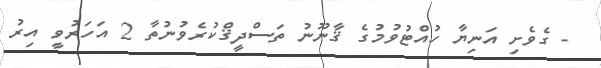
- ގެވެށި އަނިޔާ ހުއްޓުވުމުގެ ޤާނޫނު ތަސްދީޤްކުރެވުނުތާ 2 އަހަރުވީ އިރު